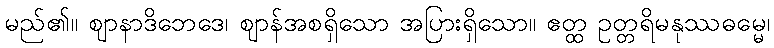
မည်၏။ ဈာနာဒိဘေဒေ၊ ဈာန်အစရှိသော အပြားရှိသော။ ဧတ္ထ ဥတ္တရိမနုဿဓမ္မေ၊